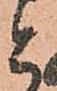
と